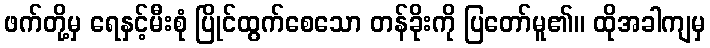
ဖက်တို့မှ ရေနှင့်မီးစုံ ပြိုင်ထွက်စေသော တန်ခိုးကို ပြတော်မူ၏။ ထိုအခါကျမှ